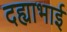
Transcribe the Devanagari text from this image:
दह्याभाई